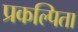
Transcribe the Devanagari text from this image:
प्रकल्पिता